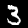
Label: 3